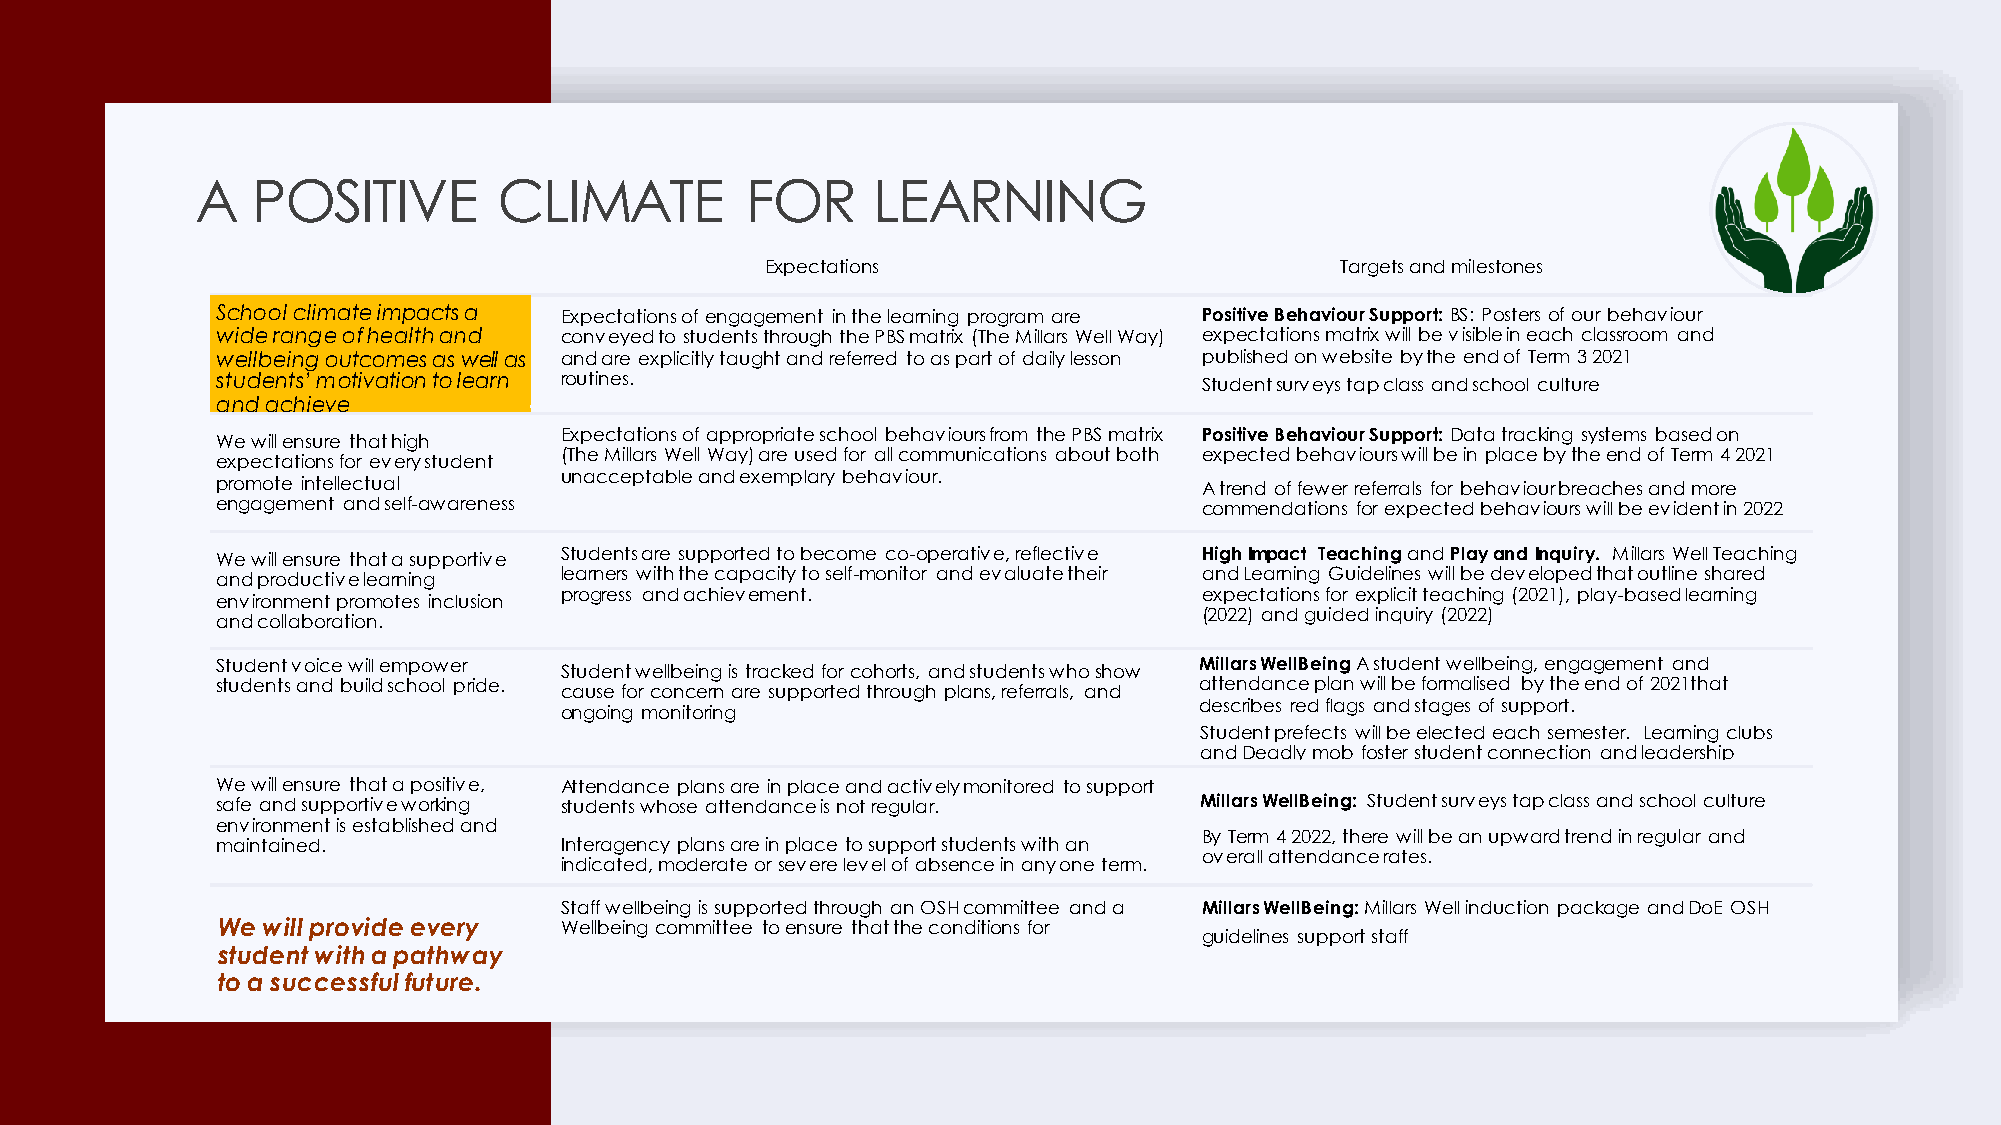
A   POSITIVE        CLIMATE         FOR      LEARNING
 Expectations                          Targets and milestones
 School climate impacts a Expectations of engagement in the learning program are Positive Behaviour Support: BS: Posters of our behaviour
 wide range of health and conveyed to students through the PBS matrix (The Millars Well Way) expectations matrix will be visible in each classroom and
 wellbeing outcomes as well as and are explicitly taught and referred to as part of daily lesson published on website by the end of Term 3 2021
 students’ motivation to learn routines.                           Student surveys tap class and school culture
 and achieve
 Expectations of appropriate school behaviours from the PBS matrix Positive Behaviour Support: Data tracking systems based on
 We will ensure that high
 (The Millars Well Way) are used for all communications about both expected behaviours will be in place by the end of Term 4 2021
 expectations for every student
 unacceptable and exemplary behaviour.
 promote intellectual                                              A trend of fewer referrals for behaviour breaches and more
 engagement and self-awareness                                     commendations for expected behaviours will be evident in 2022
 Students are supported to become co-operative, reflective High Impact Teaching andPlay and Inquiry. Millars Well Teaching
 We will ensure that a supportive
 learners with the capacity to self-monitor and evaluate their and Learning Guidelines will be developed that outline shared
 and productive learning
 progress and achievement.                  expectations for explicit teaching (2021), play-based learning
 environment promotes inclusion
 (2022) and guided inquiry (2022)
 and collaboration.
 Student voice will empower Student wellbeing is tracked for cohorts, and students who show Millars WellBeingA student wellbeing, engagement and
 students and build school pride. cause for concern are supported through plans, referrals, and attendance plan will be formalised by the end of 2021that
 describes red flags and stages of support.
 ongoing monitoring
 Student prefects will be elected each semester. Learning clubs
 and Deadly mob foster student connection and leadership
 We will ensure that a positive, Attendance plans are in place and actively monitored to support
 safe and supportive working students whose attendance is not regular. Millars WellBeing: Student surveys tap class and school culture
 environment is established and
 By Term 4 2022, there will be an upward trend in regular and
 maintained.            Interagency plans are in place to support students with an
 overall attendance rates.
 indicated, moderate or severe level of absence in any one term.
 Staff wellbeing is supported through an OSH committee and a Millars WellBeing: Millars Well induction package and DoE OSH
 We will provide every  Wellbeing committee to ensure that the conditions for
 guidelines support staff
 student with a pathway
 to a successfulfuture.